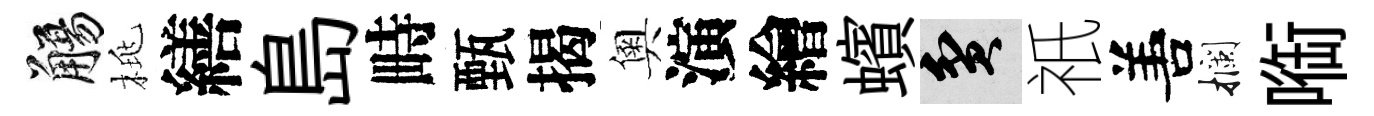
觴桃繕島畤甄揭奧演繪蠙貧祇𠵊攔㗸